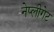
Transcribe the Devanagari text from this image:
नेप्लीगेट